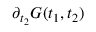
\partial _ { t _ { 2 } } G ( t _ { 1 } , t _ { 2 } )